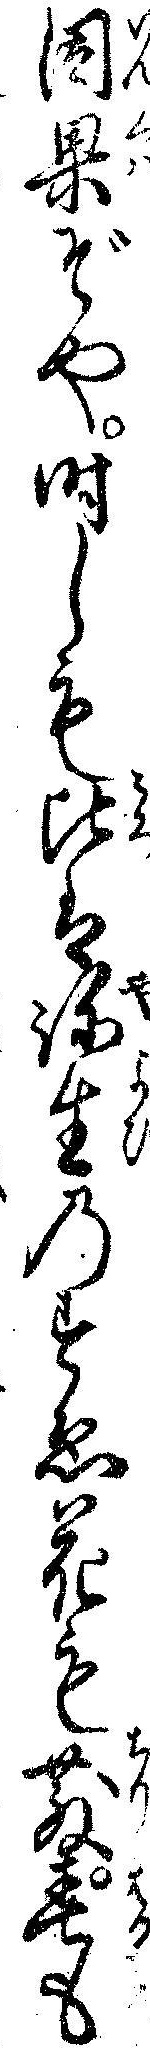
因果ぞや時しも比は弥生のすゑ花も散春も